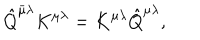
LaTeX: \hat { Q } ^ { \bar { \mu } \lambda } K ^ { \mu \lambda } = K ^ { \mu \lambda } \hat { Q } ^ { \mu \lambda } ,